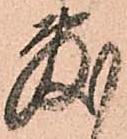
敷